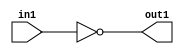
`timescale 1ps / 1ps
/*****************************************************************************
    Verilog RTL Description
    
    
    Created by: Stratus DpOpt 2019.1.01 
*******************************************************************************/

module cache_Not_1U_1U_4 (
	in1,
	out1
	); /* architecture "behavioural" */ 
input  in1;
output  out1;
wire  asc001;

assign asc001 = 
	((~in1));

assign out1 = asc001;
endmodule

/* CADENCE  urT0Tg4= : u9/ySgnWtBlWxVPRXgAZ4Og= ** DO NOT EDIT THIS LINE ******/